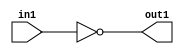
`timescale 1ps / 1ps
/*****************************************************************************
    Verilog RTL Description
    
    
    Created by: Stratus DpOpt 2019.1.01 
*******************************************************************************/

module cache_Not_1U_1U_4 (
	in1,
	out1
	); /* architecture "behavioural" */ 
input  in1;
output  out1;
wire  asc001;

assign asc001 = 
	((~in1));

assign out1 = asc001;
endmodule

/* CADENCE  urT0Tg4= : u9/ySgnWtBlWxVPRXgAZ4Og= ** DO NOT EDIT THIS LINE ******/